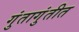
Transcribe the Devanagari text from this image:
गुंतागुंतीत